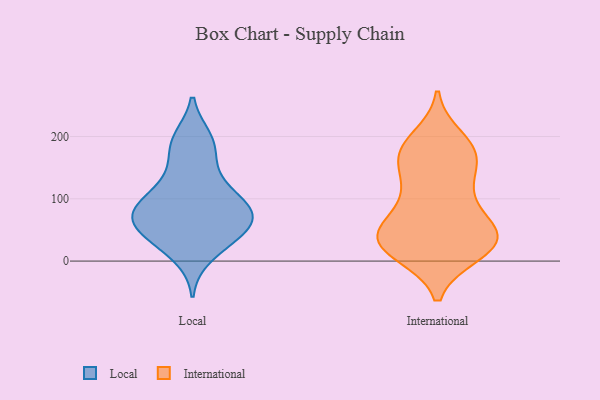
{"axis": {"x": "Headcount", "y": "Value"}, "legend": ["International", "Local"], "data": [{"x": "", "y": 94, "type": "Local"}, {"x": "", "y": 195, "type": "Local"}, {"x": "", "y": 69, "type": "Local"}, {"x": "", "y": 136, "type": "Local"}, {"x": "", "y": 34, "type": "Local"}, {"x": "", "y": 10, "type": "Local"}, {"x": "", "y": 40, "type": "Local"}, {"x": "", "y": 44, "type": "Local"}, {"x": "", "y": 71, "type": "Local"}, {"x": "", "y": 130, "type": "Local"}, {"x": "", "y": 90, "type": "Local"}, {"x": "", "y": 75, "type": "Local"}, {"x": "", "y": 87, "type": "Local"}, {"x": "", "y": 82, "type": "Local"}, {"x": "", "y": 187, "type": "Local"}, {"x": "", "y": 55, "type": "Local"}, {"x": "", "y": 187, "type": "Local"}, {"x": "", "y": 38, "type": "International"}, {"x": "", "y": 65, "type": "International"}, {"x": "", "y": 171, "type": "International"}, {"x": "", "y": 172, "type": "International"}, {"x": "", "y": 24, "type": "International"}, {"x": "", "y": 173, "type": "International"}, {"x": "", "y": 53, "type": "International"}, {"x": "", "y": 28, "type": "International"}, {"x": "", "y": 164, "type": "International"}, {"x": "", "y": 29, "type": "International"}, {"x": "", "y": 13, "type": "International"}, {"x": "", "y": 111, "type": "International"}, {"x": "", "y": 114, "type": "International"}, {"x": "", "y": 196, "type": "International"}, {"x": "", "y": 13, "type": "International"}, {"x": "", "y": 32, "type": "International"}, {"x": "", "y": 177, "type": "International"}, {"x": "", "y": 114, "type": "International"}, {"x": "", "y": 48, "type": "International"}, {"x": "", "y": 49, "type": "International"}]}